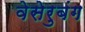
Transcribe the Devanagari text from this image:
वेसेरुबंग